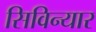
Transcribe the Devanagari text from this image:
सिविन्यार